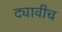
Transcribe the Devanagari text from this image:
द्यावीच